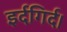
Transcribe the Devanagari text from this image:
इर्दगिर्द।